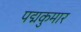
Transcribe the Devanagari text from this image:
पद्मकुमार